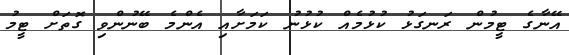
އޭނާގެ ޓީމުން ރަނގަޅު ކުޅުމެއް ކުޅުނު ކަމަށާއި އެންމެ ބޭނުންވި ގޮތަށް ޓީމު